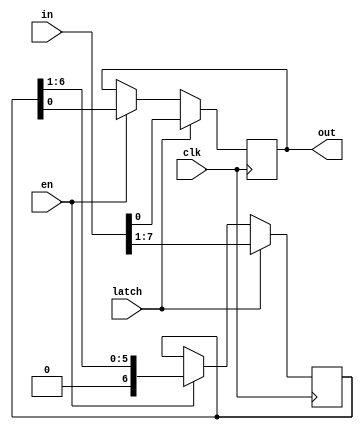
`timescale 1ns / 1ps
//////////////////////////////////////////////////////////////////////////////////
// Company: 
// Engineer: 
// 
// Design Name: 
// Module Name:    shift_reg 
// Project Name: 
// Target Devices: 
// Tool versions: 
// Description: 
//
// Dependencies: 
//
// Revision: 
// Revision 0.01 - File Created
// Additional Comments: 
//
//////////////////////////////////////////////////////////////////////////////////
module shift_reg
	#(parameter N = 8)
	(
		input wire clk,
		input wire [N-1:0] in,
		input wire latch,
		input wire en,
		output reg out
    );
	 
reg [N-2:0] data;

always @(posedge clk) begin
	if(latch == 1'b1) begin
		data <= in[N-1:1];
		out <= in[0];
	end
	else if(en == 1'b1) begin
		data <= {1'b0, data[N-2:1]};
		out <= data[0];
	end
end

endmodule